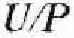
U/P